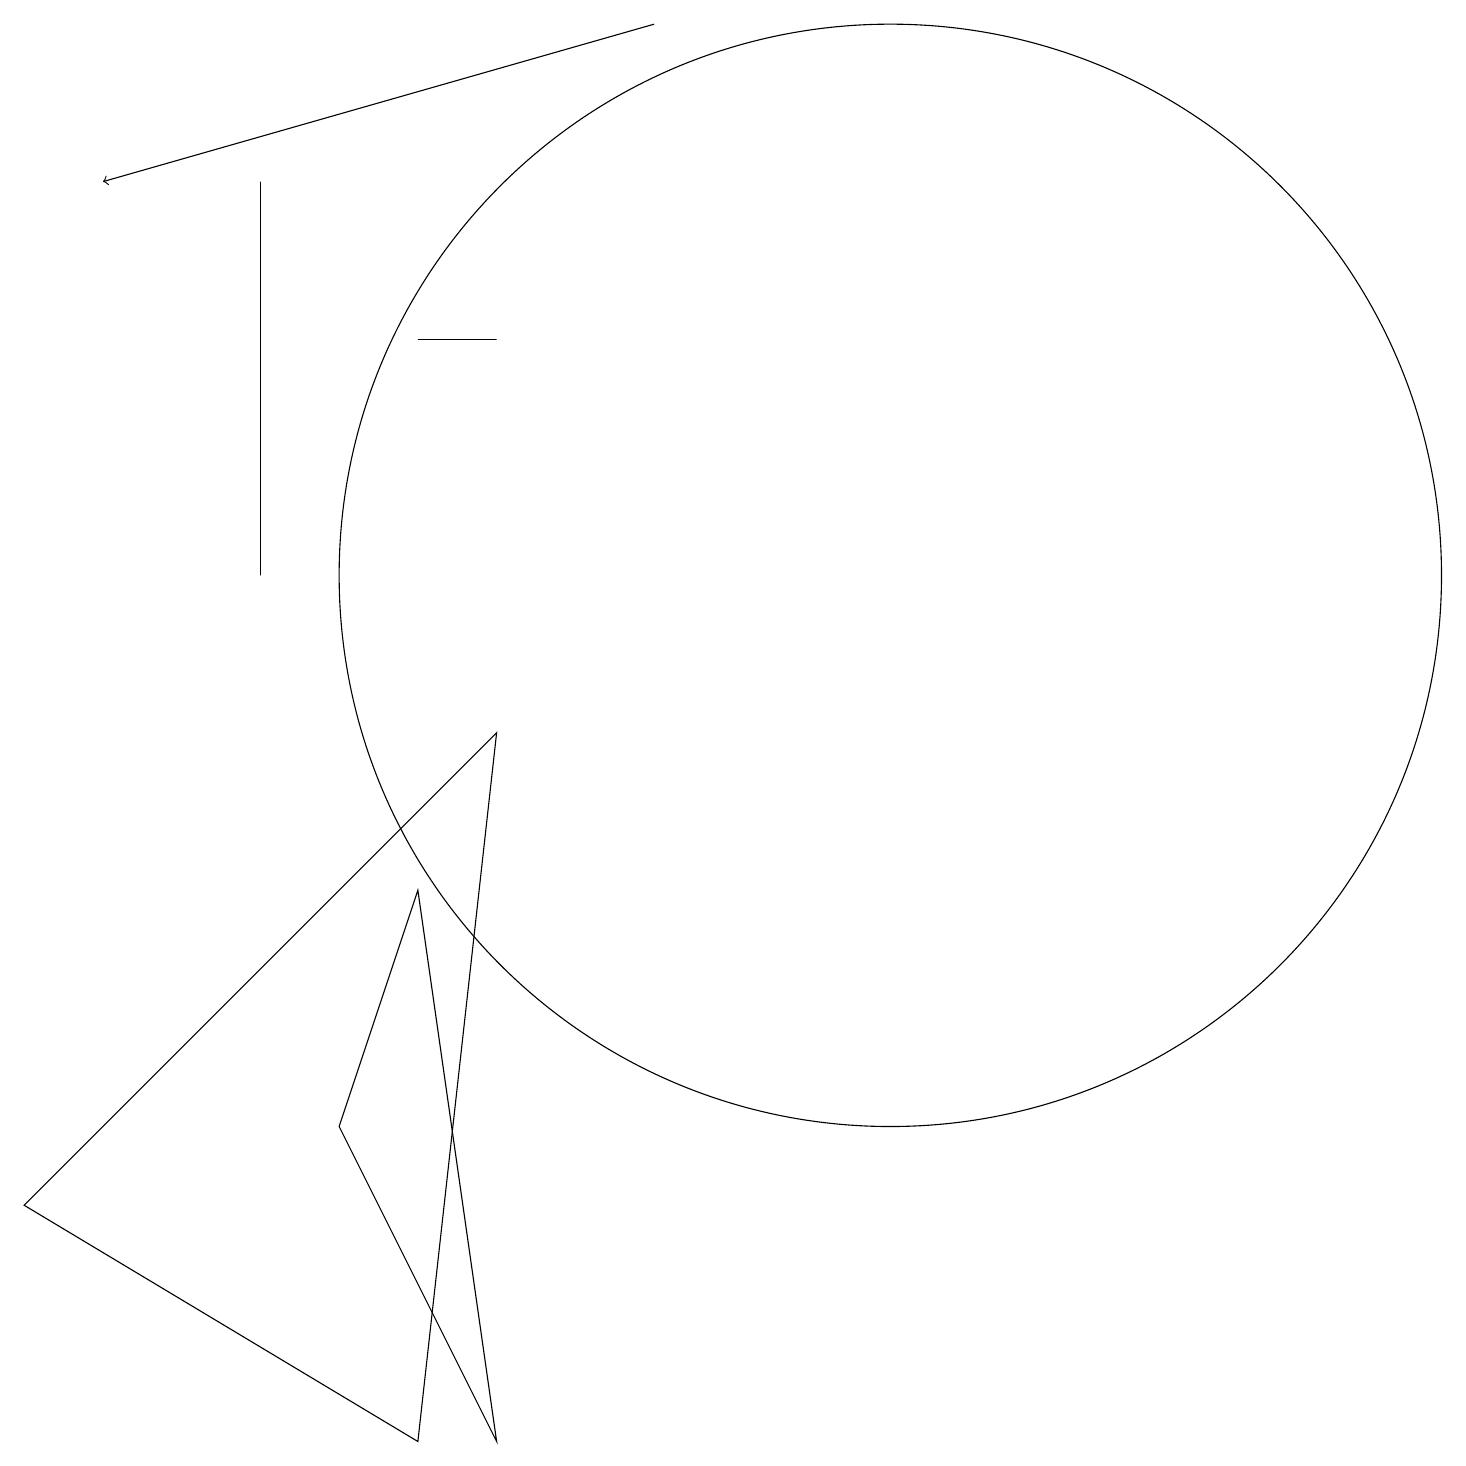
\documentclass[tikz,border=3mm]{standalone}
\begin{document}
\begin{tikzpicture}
\draw (12,11) circle (7);
\draw (6,0) -- (1,3) -- (7,9) -- cycle;
\draw (6,14) rectangle (7,14);
\draw (7,0) -- (6,7) -- (5,4) -- cycle;
\draw (4,16) rectangle (4,11);
\draw[->] (9,18) -- (2,16);
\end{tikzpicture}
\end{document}